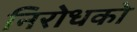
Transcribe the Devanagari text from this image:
निरोधको